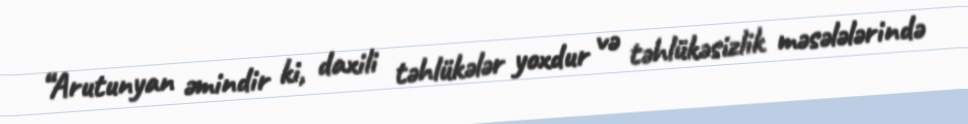
“Arutunyan əmindir ki, daxili təhlükələr yoxdur və təhlükəsizlik məsələlərində